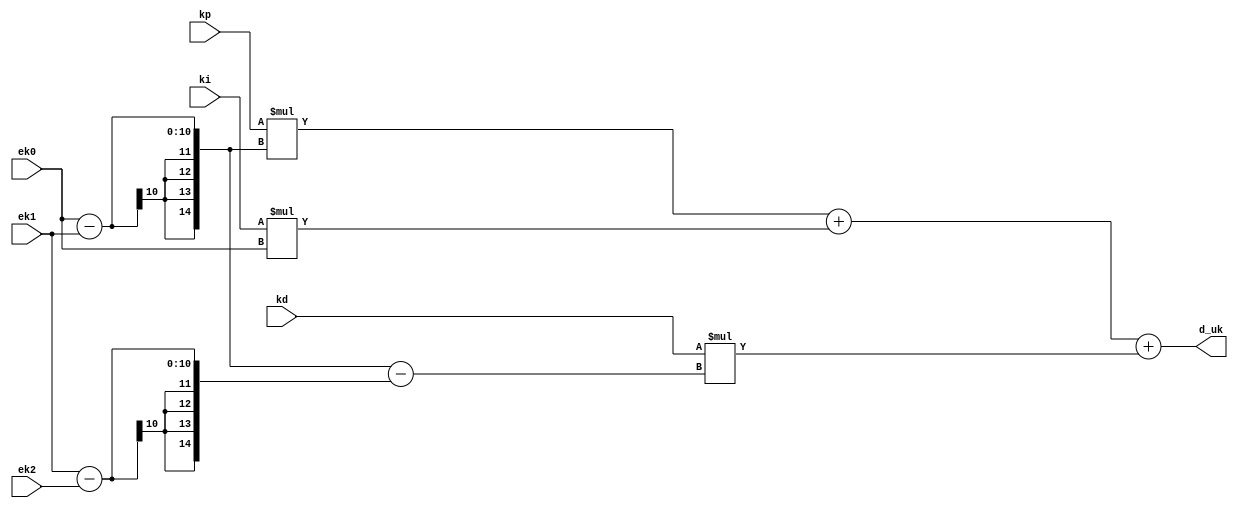
///
// Company: <Name>
//
// File history:
//      <Revision number>: <Date>: <Comments>
//      <Revision number>: <Date>: <Comments>
//      <Revision number>: <Date>: <Comments>
//
// Description: 
//
// <Description here>
//
// Targeted device: <Family::SmartFusion> <Die::A2F060M3E> <Package::288 CS>
//
/// 

//`timescale <time_units> / <precision>

module incre_value( 

    input signed [9:0] ek0,
    input signed [9:0] ek1,
    input signed [9:0] ek2,

    input [3:0] kp,
    input [3:0] ki,
    input [3:0] kd,

    output signed [14:0] d_uk

);


assign  d_uk = kp * (ek0 - ek1) + ki * ek0 + kd*((ek0 - ek1)-(ek1 - ek2)); // pid

//<statements>

endmodule